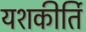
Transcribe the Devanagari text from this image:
यशकीर्ति